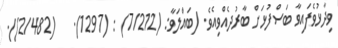
ވިދާޅުވެފައިވާ ބަސްފުޅަށް ބާރުދެއްވިއެވެ. (ބައްލަވާ: (7/212) : (1297).   (2/482)).